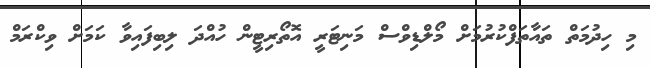
މި ހިދުމަތް ތައާތަފްކުރުމަށް މޯލްޑިވްސް މަނިޓަރީ އޮތޯރިޓީން ހުއްދަ ލިބިފައިވާ ކަމަށް ވިކްރަމް